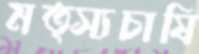
মত্স্যচাষি